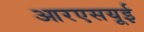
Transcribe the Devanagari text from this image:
आरएसयूई